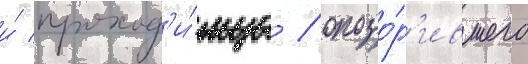
и́ проход'и́мца / опозо́р'ившего